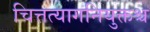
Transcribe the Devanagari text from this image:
चित्तत्यागनियुक्तश्च